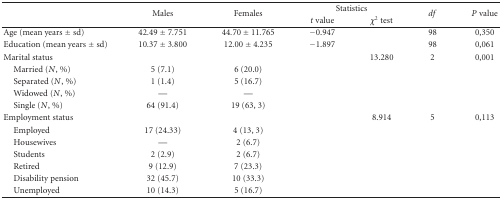
<table><thead><tr><td rowspan="2"></td><td rowspan="2"><b>Males</b></td><td rowspan="2"><b>Females</b></td><td colspan="2"><b>Statistics</b></td><td rowspan="2"><b><i>df</i></b></td><td rowspan="2"><b><i>P</i> value</b></td></tr><tr><td><b><i>t</i> value</b></td><td><b><i>χ</i><sup>2</sup> test</b></td></tr></thead><tbody><tr><td>Age (mean years ± sd)</td><td>42.49 ± 7.751</td><td>44.70 ± 11.765</td><td>−0.947</td><td></td><td>98</td><td>0,350</td></tr><tr><td>Education (mean years ± sd)</td><td>10.37 ± 3.800</td><td>12.00 ± 4.235</td><td>−1.897</td><td></td><td>98</td><td>0,061</td></tr><tr><td>Marital status</td><td></td><td></td><td></td><td>13.280</td><td>2</td><td>0,001</td></tr><tr><td>Married (<i>N</i>, %)</td><td>5 (7.1)</td><td>6 (20.0)</td><td></td><td></td><td></td><td></td></tr><tr><td>Separated (<i>N</i>, %)</td><td>1 (1.4)</td><td>5 (16.7)</td><td></td><td></td><td></td><td></td></tr><tr><td>Widowed (<i>N</i>, %)</td><td>—</td><td>—</td><td></td><td></td><td></td><td></td></tr><tr><td>Single (<i>N</i>, %)</td><td>64 (91.4)</td><td>19 (63, 3)</td><td></td><td></td><td></td><td></td></tr><tr><td>Employment status</td><td></td><td></td><td></td><td>8.914</td><td>5</td><td>0,113</td></tr><tr><td>Employed</td><td>17 (24.33)</td><td>4 (13, 3)</td><td></td><td></td><td></td><td></td></tr><tr><td>Housewives</td><td>—</td><td>2 (6.7)</td><td></td><td></td><td></td><td></td></tr><tr><td>Students</td><td>2 (2.9)</td><td>2 (6.7)</td><td></td><td></td><td></td><td></td></tr><tr><td>Retired</td><td>9 (12.9)</td><td>7 (23.3)</td><td></td><td></td><td></td><td></td></tr><tr><td>Disability pension</td><td>32 (45.7)</td><td>10 (33.3)</td><td></td><td></td><td></td><td></td></tr><tr><td>Unemployed</td><td>10 (14.3)</td><td>5 (16.7)</td><td></td><td></td><td></td><td></td></tr></tbody></table>